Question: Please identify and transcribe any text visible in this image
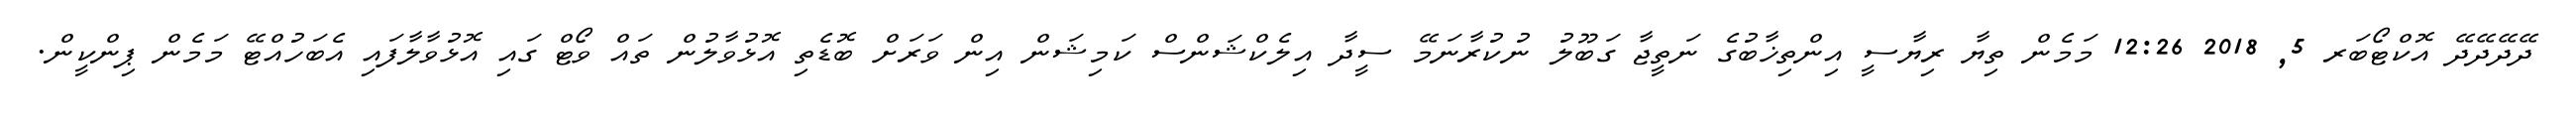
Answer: ދޭދޭދޭދޭ އޮކްޓޯބަރ 5, 2018 12:26 މަމެން ތިޔާ ރިޔާސީ އިންތިޚާބުގެ ނަތީޖާ ގަބޫލު ނުކުރާނަމޭ ސީދާ އިލެކްޝަންސް ކަމިޝަން އިން ވަރަށް ބޮޑެތި އޮޅުވާލުން ތައް ވޯޓް ގައި އޮޅުވާލާފައި އެބަހުއްޓޭ މަމެން ޕިންކީން.